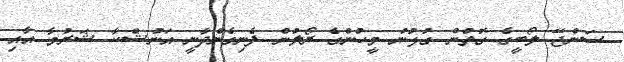
ސަންޖޭ ލޯބީގެ ގޮތުން ގުޅުނު މީހުންގެ ރޯލުން ފެނިގެންދާނީ އަނުޝްކާ ޝަރުމާ އާއި